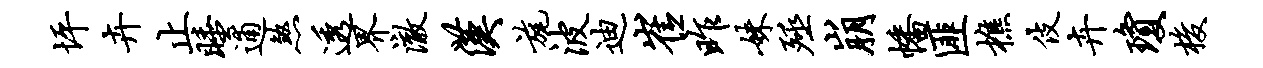
坪卉止睡逋煞透界澈汉旄波迪崔昨妹殛崩幡匪樵伎卉琼梭